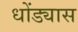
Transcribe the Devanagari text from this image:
धोंड्यास